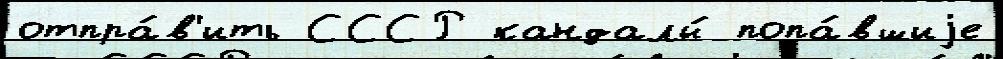
отпра́в'ить СССР кандалы́ попа́вшиjе